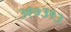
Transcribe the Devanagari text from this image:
३९०३१३